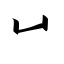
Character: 凵